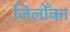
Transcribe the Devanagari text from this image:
जिलोँका